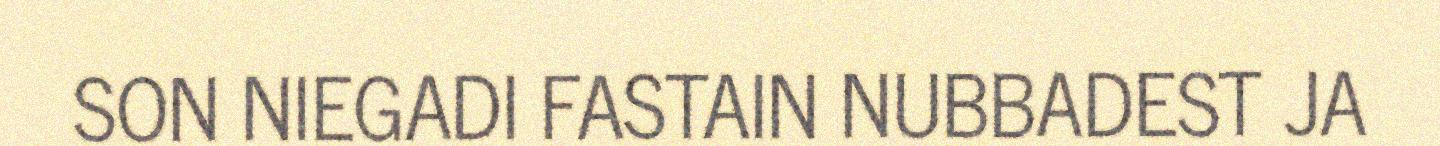
SON NIEGADI FASTAIN NUBBADEST JA